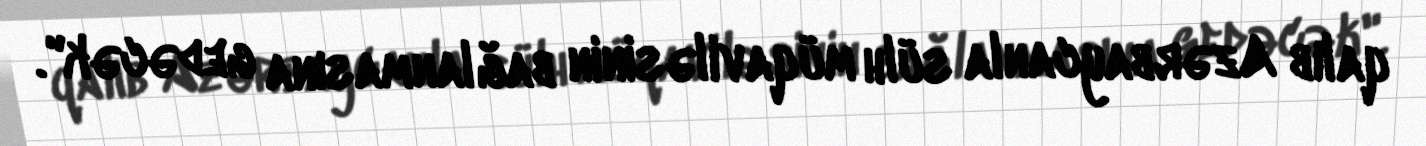
qalıb Azərbaycanla sülh müqaviləsinin bağlanmasına gedəcək".